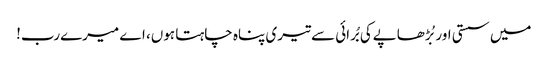
میں سستی اور بُڑھاپےکی بُرائی سے تیری پناہ چاہتا ہوں، اے میرےرب!